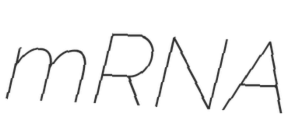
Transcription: mRNA